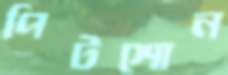
পিটশোন